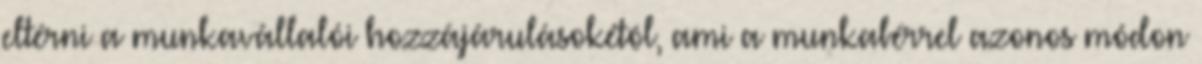
eltérni a munkavállalói hozzájárulásokétól, ami a munkabérrel azonos módon